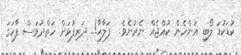
ކުޑަކުޑަ ލޯބި އަންހެން ކުއްޖެއް ނެރުނެވެ.  ފަލާޙާ!.. ދަރިފުޅަށް ހަތްދުވަސް ފާހަގަ